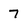
Character: 7